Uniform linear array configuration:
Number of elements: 12
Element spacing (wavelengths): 1
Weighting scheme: exponential
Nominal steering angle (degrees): -60
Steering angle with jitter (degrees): -58.731
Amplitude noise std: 0.05
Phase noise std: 0.05

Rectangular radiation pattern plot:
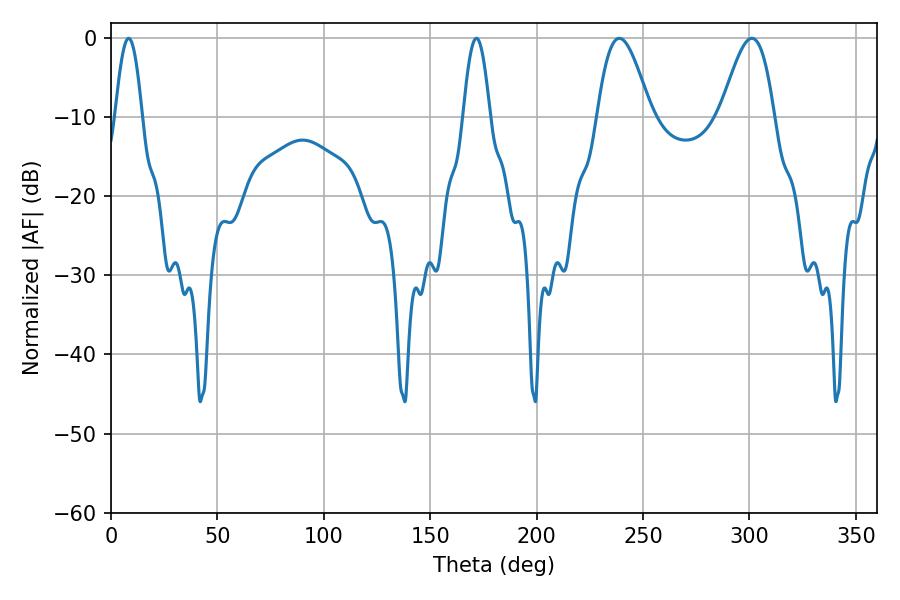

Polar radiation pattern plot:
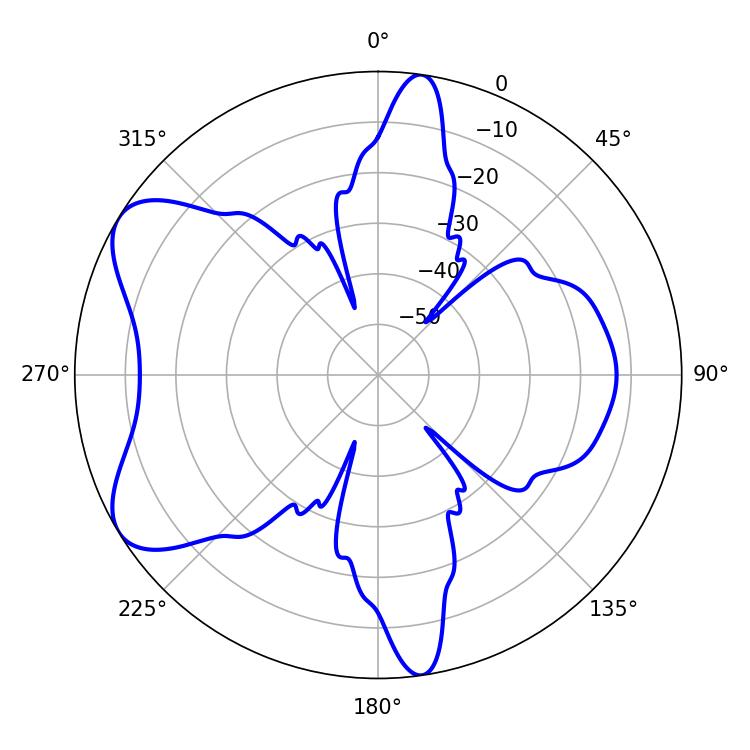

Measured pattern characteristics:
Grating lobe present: TRUE
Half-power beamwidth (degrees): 13.32
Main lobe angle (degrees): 238.86